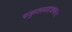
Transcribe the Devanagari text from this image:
यजुस्तस्मादजायत॥